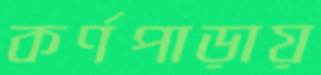
কর্ণপাড়ায়